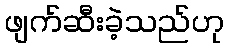
ဖျက်ဆီးခဲ့သည်ဟု